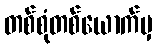
တစ်စုံတစ်ယောက်မှ